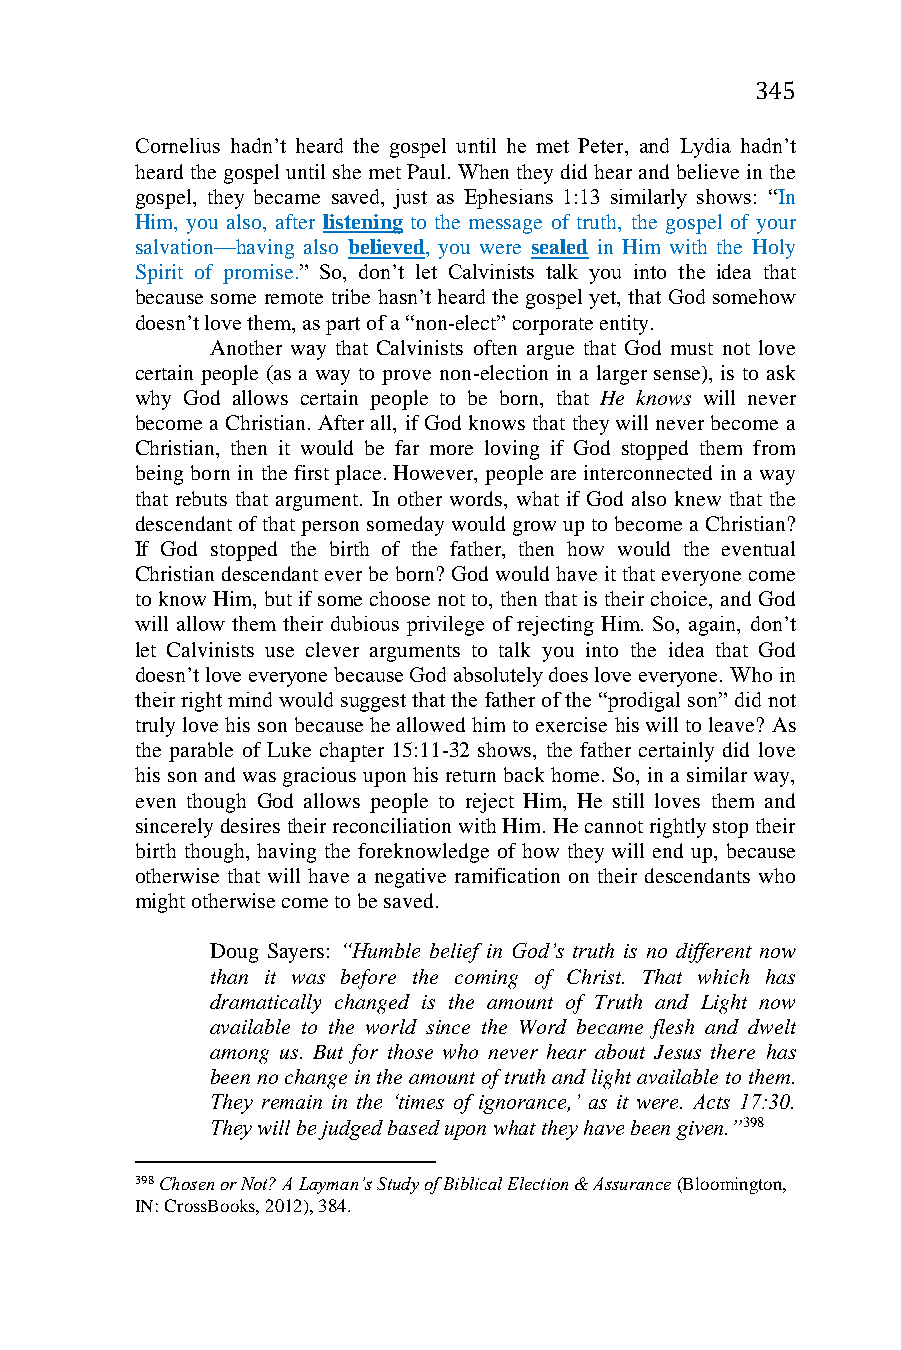
345
 Cornelius hadn’t heard the gospel until he met Peter, and Lydia hadn’t
 heard the gospel until she met Paul. When they did hear and believe in the
 gospel, they became saved, just as Ephesians 1:13 similarly shows: “In
 Him, you also, after listening to the message of truth, the gospel of your
 salvation—having also believed, you were sealed in Him with the Holy
 Spirit of promise.” So, don’t let Calvinists talk you into the idea that
 because some remote tribe hasn’t heard the gospel yet, that God somehow
 doesn’t love them, as part of a “non-elect” corporate entity.
 Another way that Calvinists often argue that God must not love
 certain people (as a way to prove non-election in a larger sense), is to ask
 why God allows certain people to be born, that He knows will never
 become a Christian. After all, if God knows that they will never become a
 Christian, then it would be far more loving if God stopped them from
 being born in the first place. However, people are interconnected in a way
 that rebuts that argument. In other words, what if God also knew that the
 descendant of that person someday would grow up to become a Christian?
 If God stopped the birth of the father, then how would the eventual
 Christian descendant ever be born? God would have it that everyone come
 to know Him, but if some choose not to, then that is their choice, and God
 will allow them their dubious privilege of rejecting Him. So, again, don’t
 let Calvinists use clever arguments to talk you into the idea that God
 doesn’t love everyone because God absolutely does love everyone. Who in
 their right mind would suggest that the father of the “prodigal son” did not
 truly love his son because he allowed him to exercise his will to leave? As
 the parable of Luke chapter 15:11-32 shows, the father certainly did love
 his son and was gracious upon his return back home. So, in a similar way,
 even though God allows people to reject Him, He still loves them and
 sincerely desires their reconciliation with Him. He cannot rightly stop their
 birth though, having the foreknowledge of how they will end up, because
 otherwise that will have a negative ramification on their descendants who
 might otherwise come to be saved.
 Doug Sayers: “Humble belief in God’s truth is no different now
 than it was before the coming of Christ. That which has
 dramatically changed is the amount of Truth and Light now
 available to the world since the Word became flesh and dwelt
 among us. But for those who never hear about Jesus there has
 been no change in the amount of truth and light available to them.
 They remain in the ‘times of ignorance,’ as it were. Acts 17:30.
 They will be judged based upon what they have been given.”398
 398 Chosen or Not? A Layman’s Study of Biblical Election & Assurance (Bloomington,
 IN: CrossBooks, 2012), 384.